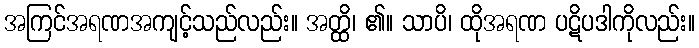
အကြင်အရဏအကျင့်သည်လည်း။ အတ္ထိ၊ ၏။ သာပိ၊ ထိုအရဏ ပဋိပဒါကိုလည်း။